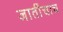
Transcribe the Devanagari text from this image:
जातींचाच